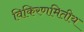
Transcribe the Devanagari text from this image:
विकिरणमितीय